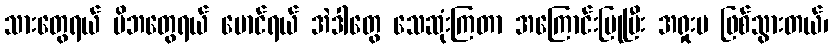
သားတွေရယ် မိဘတွေရယ် မောင်ရယ် အဲဒါတွေ သေဆုံးကြတာ အကြောင်းပြုပြီး အရှုးမ ဖြစ်သွားတယ်၊